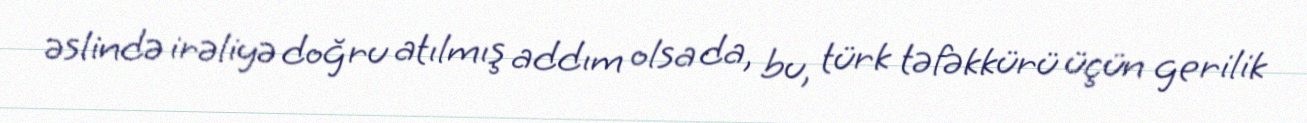
əslində irəliyə doğru atılmış addım olsa da, bu, türk təfəkkürü üçün gerilik